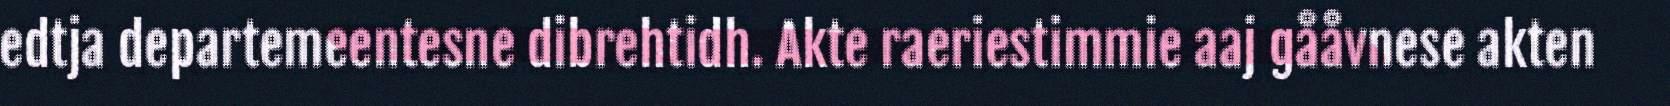
edtja departemeentesne dibrehtidh. Akte raeriestimmie aaj gååvnese akten